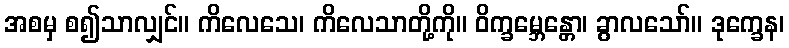
အစမှ စ၍သာလျှင်။ ကိလေသေ၊ ကိလေသာတို့ကို။ ဝိက္ခမ္ဘေန္တော၊ ခွာလသော်။ ဒုက္ခေန၊